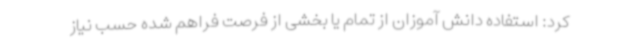
کرد: استفاده دانش آموزان از تمام یا بخشی از فرصت فراهم شده حسب نیاز